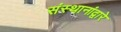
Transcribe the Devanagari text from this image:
संस्थानांद्वारे